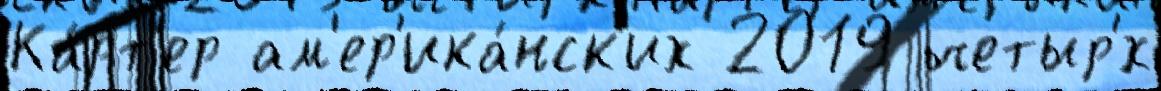
Ка́рт'ер ам'ер'ика́нск'их 2019 четыр'́х